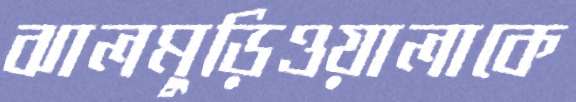
ঝালমুড়িওয়ালাকে